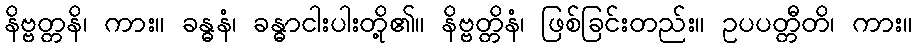
နိဗ္ဗတ္တနိ၊ ကား။ ခန္ဓနံ၊ ခန္ဓာငါးပါးတို့၏။ နိဗ္ဗတ္တိနံ၊ ဖြစ်ခြင်းတည်း။ ဥပပတ္တီတိ၊ ကား။